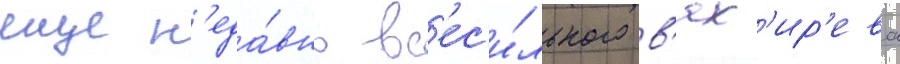
еще н'еда́вно вс'ес'и́льного в'ях'ир'ева